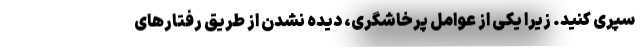
سپری کنید. زیرا یکی از عوامل پرخاشگری، دیده نشدن از طریق رفتارهای